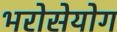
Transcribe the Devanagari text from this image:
भरोसेयोग